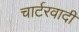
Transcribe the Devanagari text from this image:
चार्टरवादी